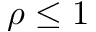
\rho \leq 1